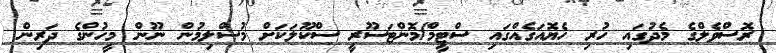
ރޮސްވެލްގެ މެދުގައި ހުރި ހެޔޮއަގެއްގައި ސްޓީމް/މޮންޓަސޫރީ ސްކޫލަކަށް މުސްލިމުން ނޫން މީހުންގެ ދަރިން